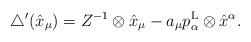
LaTeX: \begin{align*}\bigtriangleup'(\hat{x}_\mu)= Z^{-1}\otimes\hat{x}_\mu-a_\mu p^{\rm L}_\alpha\otimes\hat{x}^\alpha.\end{align*}